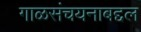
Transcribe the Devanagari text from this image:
गाळसंचयनाबद्दल